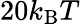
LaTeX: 20k_{\mathrm{B}}T